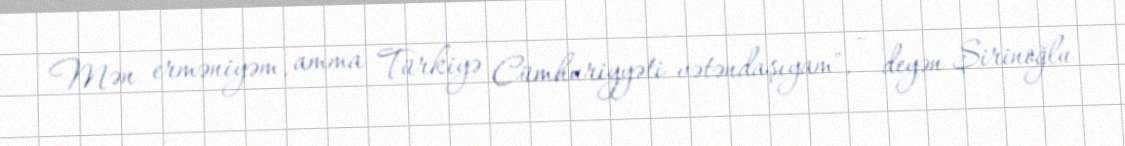
Mən erməniyəm, amma Türkiyə Cümhuriyyəti vətəndaşıyam", - deyən Şirinoğlu